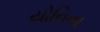
યોનિના